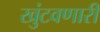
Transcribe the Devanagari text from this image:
खुंटवणारी